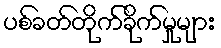
ပစ်ခတ်တိုက်ခိုက်မှုများ